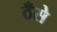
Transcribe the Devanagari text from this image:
ठँसे